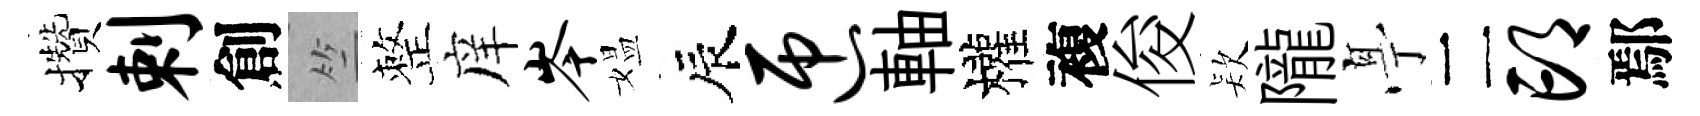
攢剌創竺整庠岑媪辰匝軸權複俊𣣇隴𠅘二邙鄢